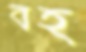
বহ